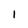
Character: l